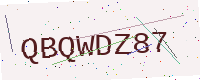
Text: QBQWDZ87